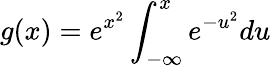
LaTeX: g(x)=e^{x^{2}}\int_{-\infty}^{x}e^{-u^{2}}du